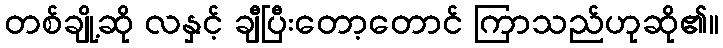
တစ်ချို့ဆို လနှင့် ချီပြီးတော့တောင် ကြာသည်ဟုဆို၏။